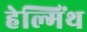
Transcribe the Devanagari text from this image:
हेल्मिंथ